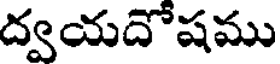
ద్వయదోషము